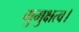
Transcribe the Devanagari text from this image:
मुमुक्षत्व।